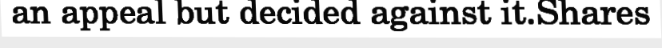
an appeal but decided against it.Shares